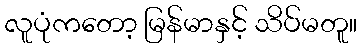
လူပုံကတော့ မြန်မာနှင့် သိပ်မတူ။